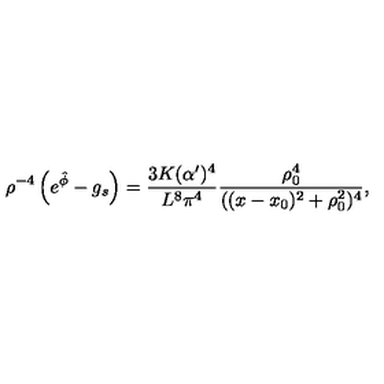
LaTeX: \rho ^ { - 4 } \left( e ^ { \hat { \phi } } - g _ { s } \right) = { \frac { 3 K ( \alpha ^ { \prime } ) ^ { 4 } } { L ^ { 8 } \pi ^ { 4 } } } { \frac { \rho _ { 0 } ^ { 4 } } { ( ( x - x _ { 0 } ) ^ { 2 } + \rho _ { 0 } ^ { 2 } ) ^ { 4 } } } ,